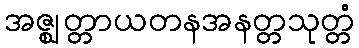
အဇ္ဈတ္တာယတနအနတ္တသုတ္တံ